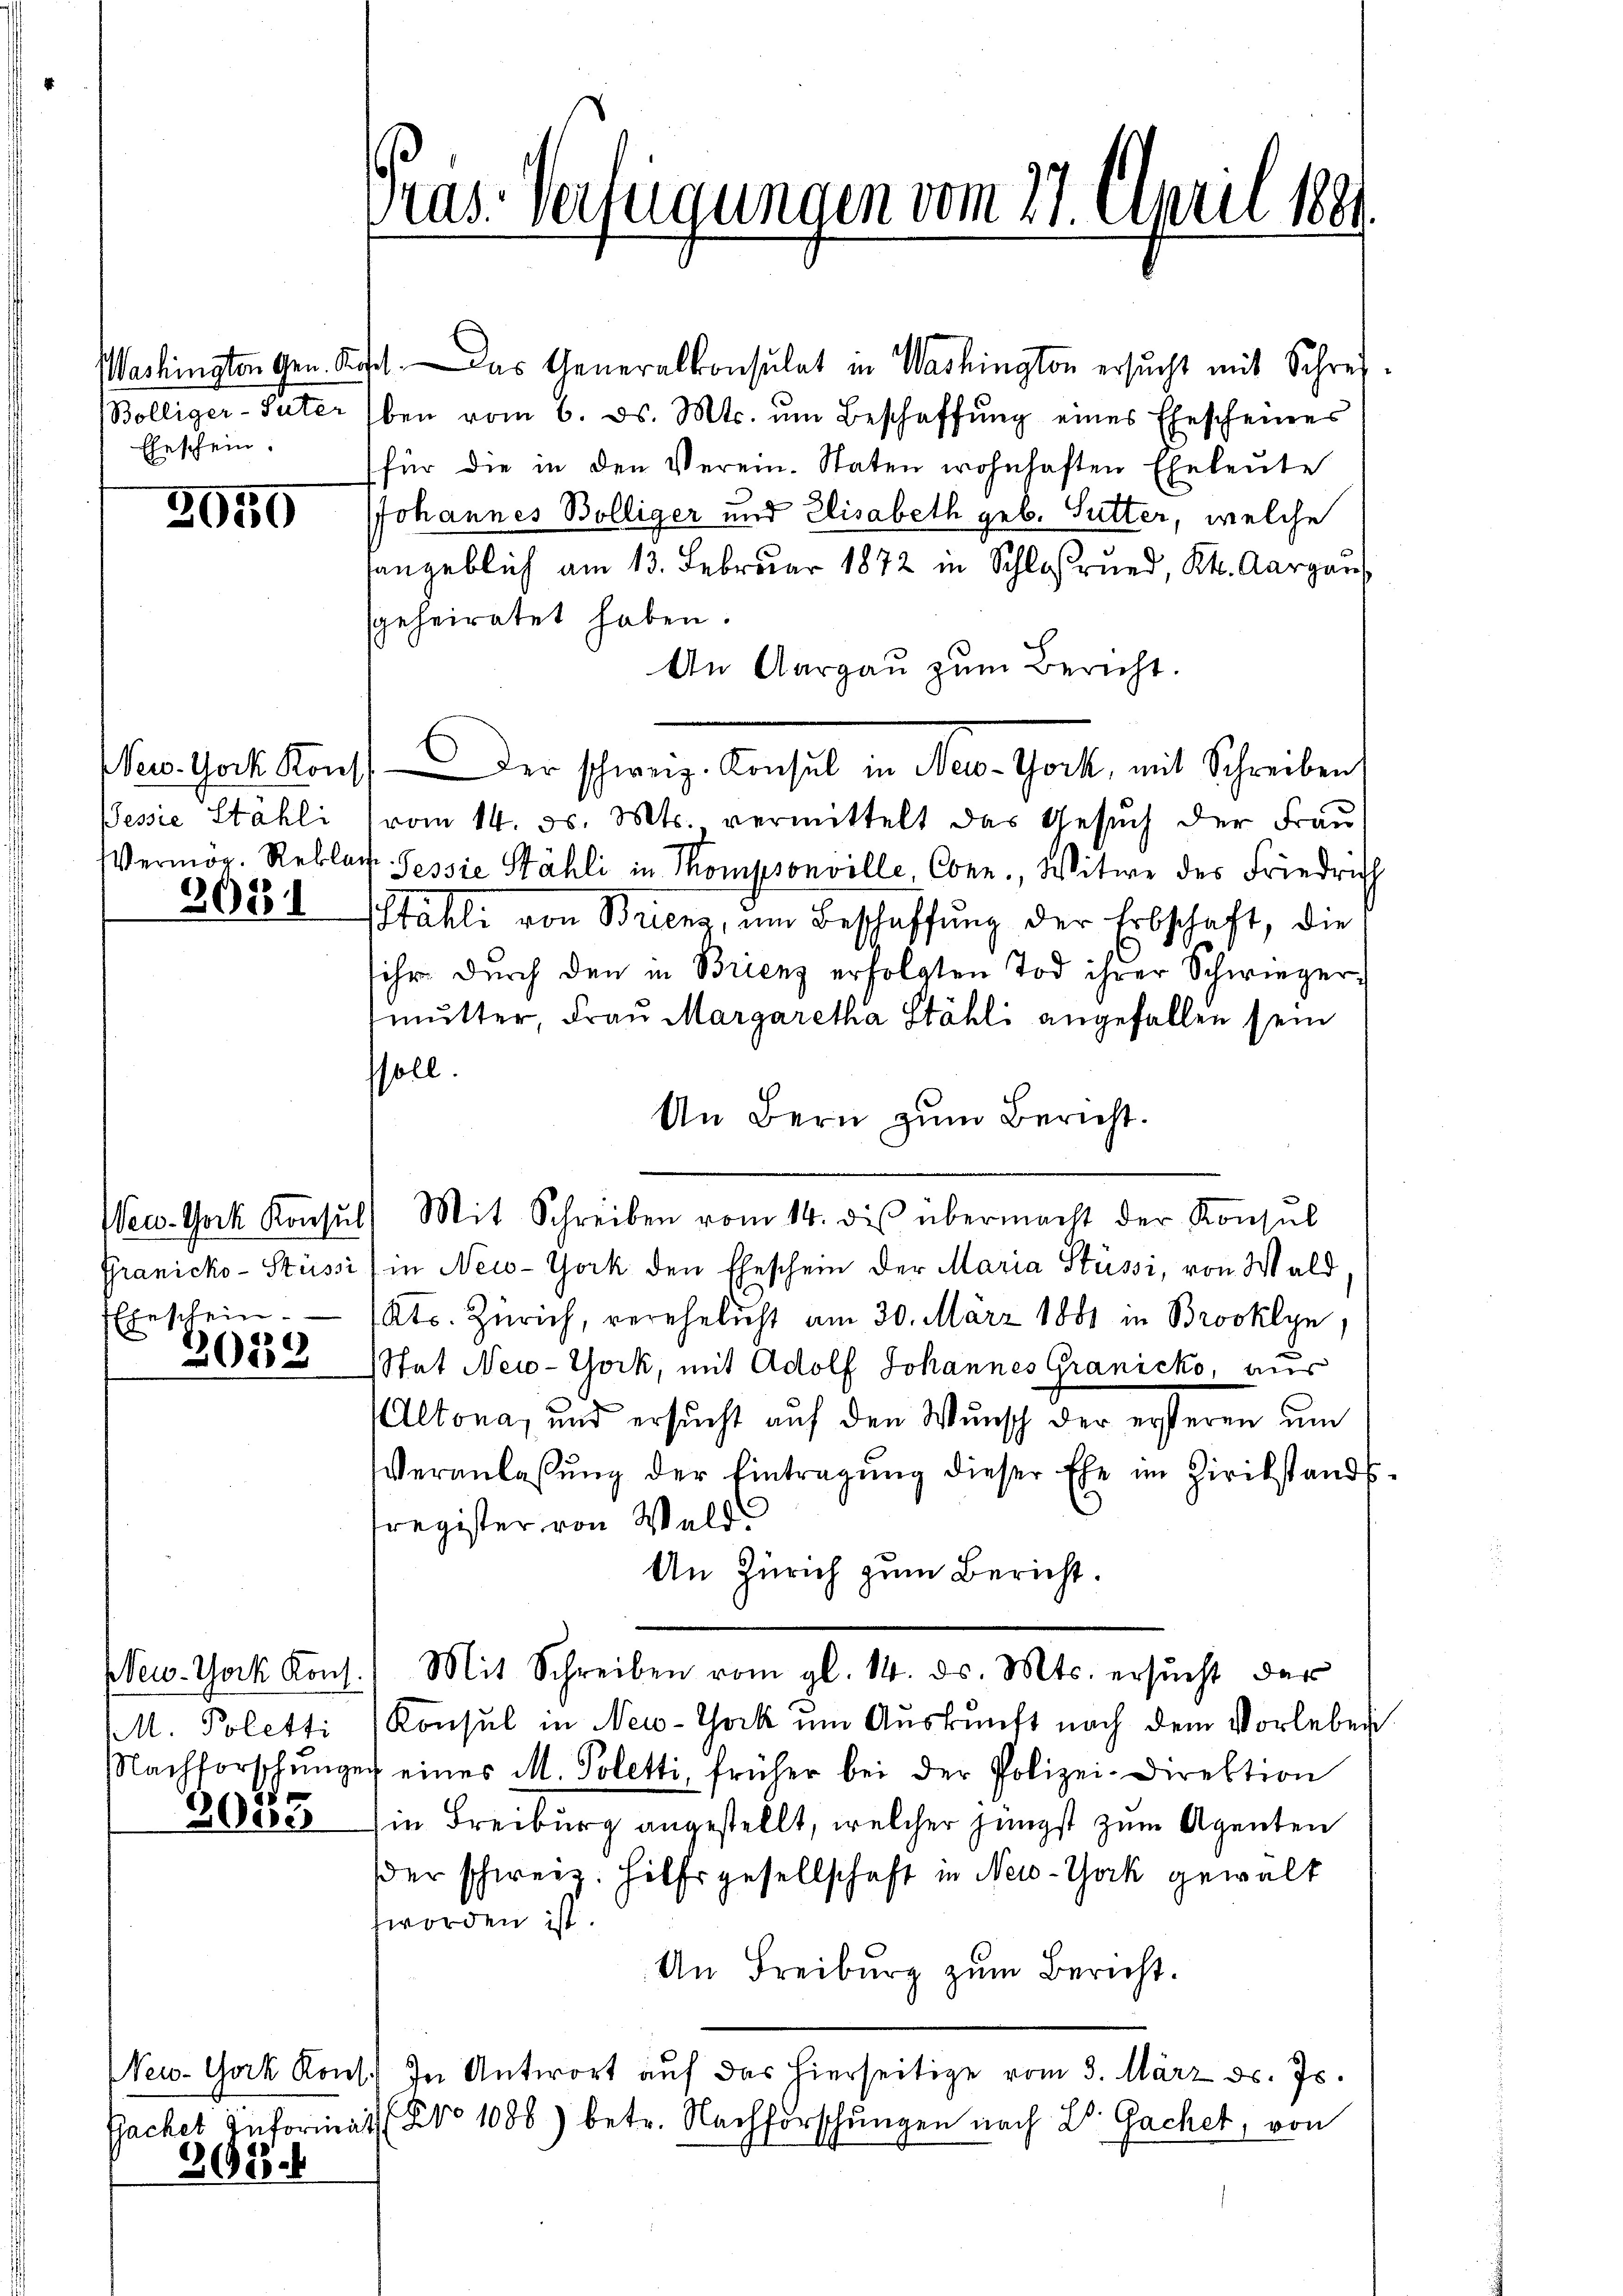
Washington Gen. S.
Bölliger-Suter
Eheschein.

3959

New-York Kons
Pessie Stahli

3081

Eheschein.

2032

New-York Konf
MM. Poletti
Nachforschung
3033

3628.

Gras. Verfügungen vom 27. April 1881

dt. Das Generalkonsulat in Washington ersucht mit Schreiben vom 6. ds. Mts. ŭm Beschaffŭng eines Ehescheines
für die in den Verein-Staten wohnhaften Eheleute
JJohannes Bölliger und Elisabeth geb. Sutter, welche
angeblich am 13. Februar 1872 in Schloßrund, Kt. Aargaus
sgeheiratet haben.
An Aargau zum Bericht.
e
der stanz, Bernhalt in der Gart, mit Schreiben,
vom 14. d. Mts. vermittelt das Gesuch der Frau
Vermög Reblat Tessie Stähli in Thompsonville, Conr., Witwe des Friedrich
Stahli von Brienz, um Beschaffung der Erbschaft, die
sihr durch den in Brienz erfolgten Tod ihrer Schwiegermutter, Frau Margaretha Stähli angefallen sein
ssoll.
An Bern zum Bericht.
Wew-York Konsŭl) Mit Schreiben vom 14. dis übermacht der Konsul
Granicko-Stüssi (in New-York den Eheschein der Maria Stüssi, von Wald
Kts. Zürich, verehelicht am 30. März 1881 in Brooklyn,
Stat New-York, mit Adolf Johannes Granicko, aus
(Altona, und ersucht auf den Wunsch der ersteren um
Veranlassŭng der Eintragŭng dieser Ehe im Zirikstands-
register von Wald
An Zürich zum Bericht.
) Mit Schreiben vom gl. 14. ds. Mts. ersŭcht der
Konsul in New-York um Auskunft nach dem Vorleben
er eines M. Poletti, früher bei der Polizei-Direktion
in Freiburg angestellt, welcher jüngst zum Agenten
der schweiz. Hilfsgesellschaft in New-York gewalt
worden ist.
An Freiburg zum Bericht.
New-York Kons. In Antwort aŭf das hierseitige vom 3. März d. Js.
sachet Informals No 1086) betr. Nachforschungen nach Dr. Gachet, von